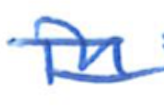
Text: in
Cross-out: double-line
Writing tool: ballpoint